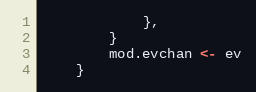
Language: Go
			},
		}
		mod.evchan <- ev
	}